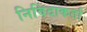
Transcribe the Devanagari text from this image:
निविदाकर्ता